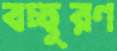
বচ্ছুরণ